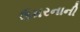
ઉમરનાની